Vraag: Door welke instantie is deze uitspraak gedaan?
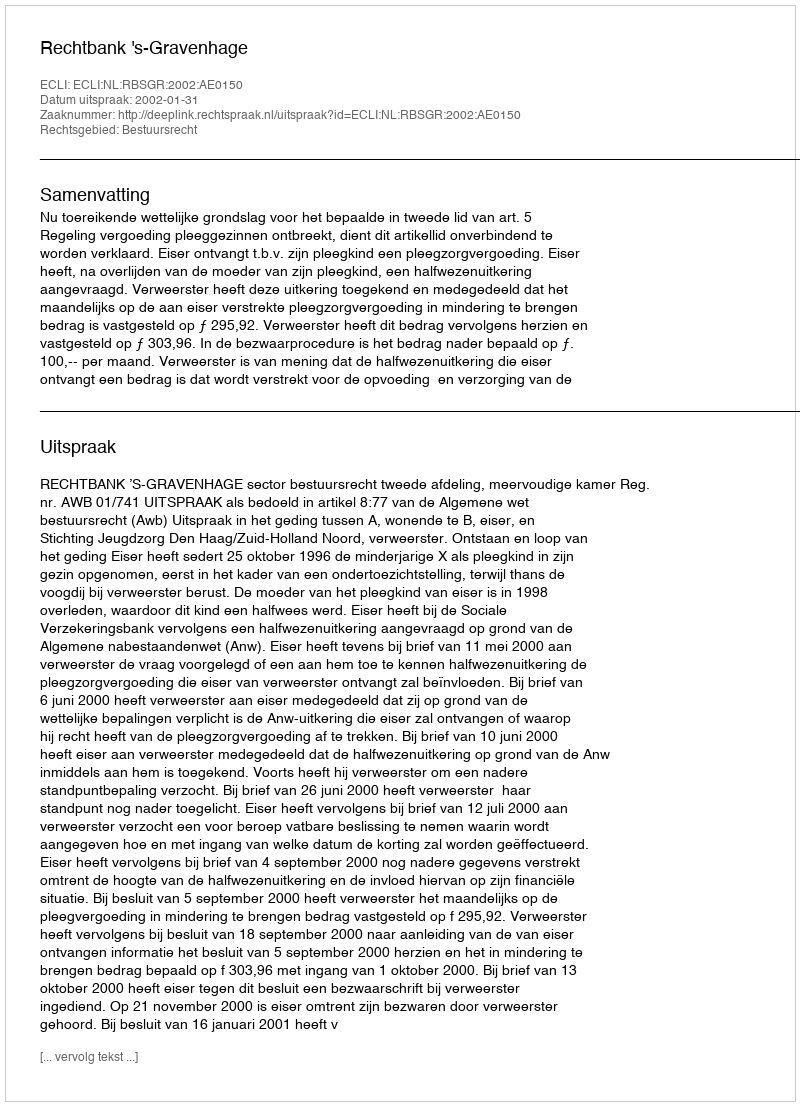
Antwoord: Rechtbank 's-Gravenhage